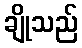
ချိုသည်